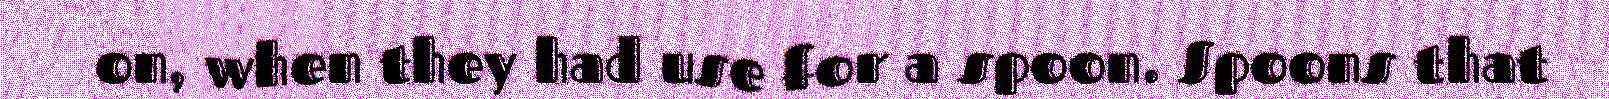
on, when they had use for a spoon. Spoons that